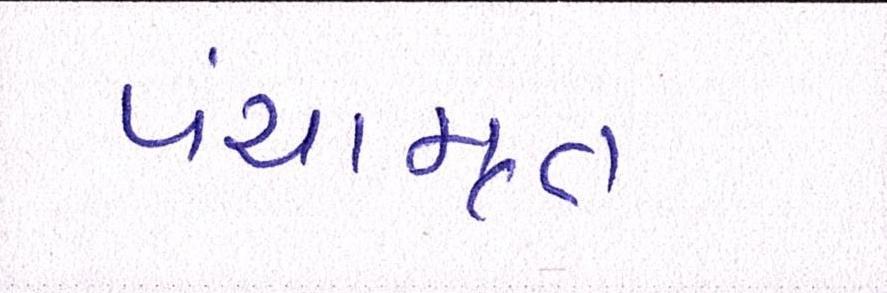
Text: પંચામૃત